Senior Leaving Certificate Examination (including Day School Certificate (Higher) General paper), 1946
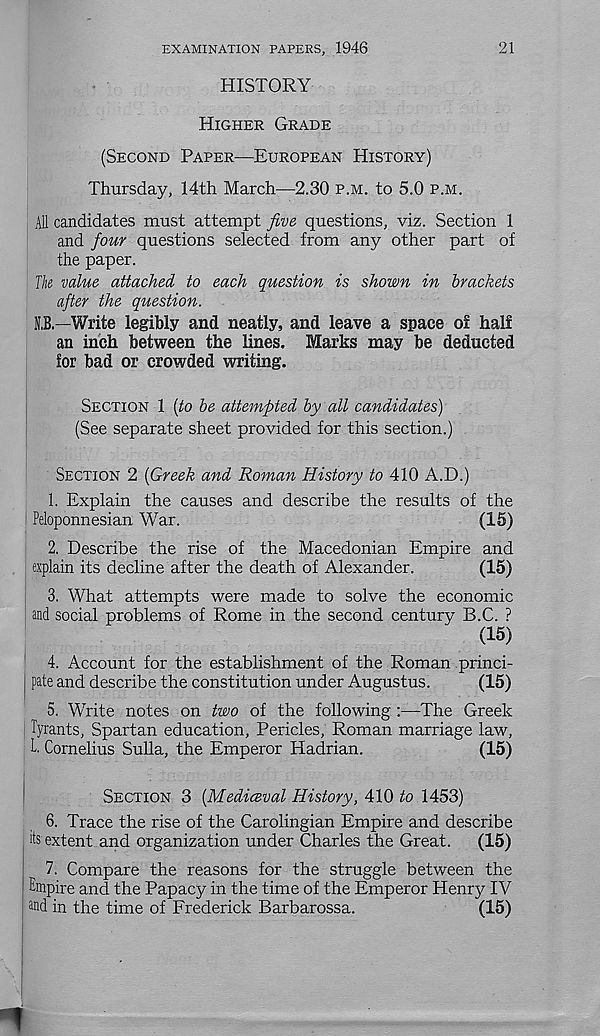
EXAMINATION PAPERS, 1946
21
HISTORY
HIGHER GRADE
(SECOND PAPER—EUROPEAN HISTORY)
Thursday, 14th March—2.30 P.M. to 5.0 P.M.
All candidates must attempt five questions, viz. Section 1
and four questions selected from any other part of
the paper.
The value attached to each question is shown in brackets
after the question.
N,B—Write legibly and neatly, and leave a space of half
an inch between the lines. Marks may be deducted
for bad or crowded writing.
SECTION 1 [to be attempted by all candidates)
(See separate sheet provided for this section.)
SECTION 2 {Greek and Roman History to 410 A.D.)
1. Explain the causes and describe the results of the
Peloponnesian War.
(15)
2. Describe the rise of the Macedonian Empire and
explain its decline after the death of Alexander.
(15)
3. What attempts were made to solve the economic
and social problems of Rome in the second century B.C. ?
(15)
4. Account for the establishment of the Roman princi-
j pate and describe the constitution under Augustus.
(15)
5. Write notes on two of the following :—The Greek
Tyrants, Spartan education, Pericles, Roman marriage law,
T. Cornelius Sulla, the Emperor Hadrian.
(15)
SECTION 3 {Mediceval History, 410 to 1453)
6. Trace the rise of the Carolingian Empire and describe
its extent and organization under Charles the Great.
(15)
7. Compare the reasons for the struggle between the
Empire and the Papacy in the time of the Emperor Henry IV
Md in the time of Frederick Barbarossa.
(15)